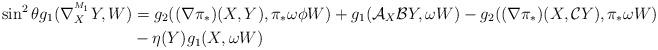
LaTeX: \begin{align*}\sin ^{2}\theta g_{1}(\nabla^{^{M_1}}_{X}Y,W) &=g_{2}((\nabla \pi _{\ast})(X,Y),\pi _{\ast }\omega \phi W)+g_{1}(\mathcal{A}_{X}\mathcal{B}Y,\omega W)-g_{2}((\nabla \pi _{\ast })(X,\mathcal{C}Y),\pi _{\ast }\omega W)\\&-\eta (Y)g_{1}(X,\omega W)\end{align*}